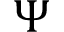
\Psi